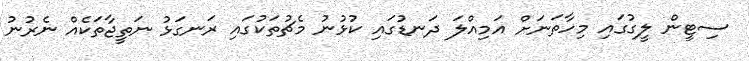
ސިޓީން ލީގުގައި މިހާތަނަށް އަމިއްލަ ދަނޑުގައި ކުޅުނު މެޗުތަކުގައި ރަނގަޅު ނަތީޖާތަކެއް ނެރުނު